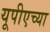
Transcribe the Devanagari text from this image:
यूपीएच्या